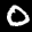
Label: 0